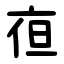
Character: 亱